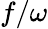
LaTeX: f/\omega